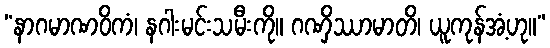
“နာဂမာဏဝိကံ၊ နဂါးမင်းသမီးကို။ ဂဏှိဿာမာတိ၊ ယူကုန်အံ့ဟု။”